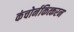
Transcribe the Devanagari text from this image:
कंचोर्नकित्करन